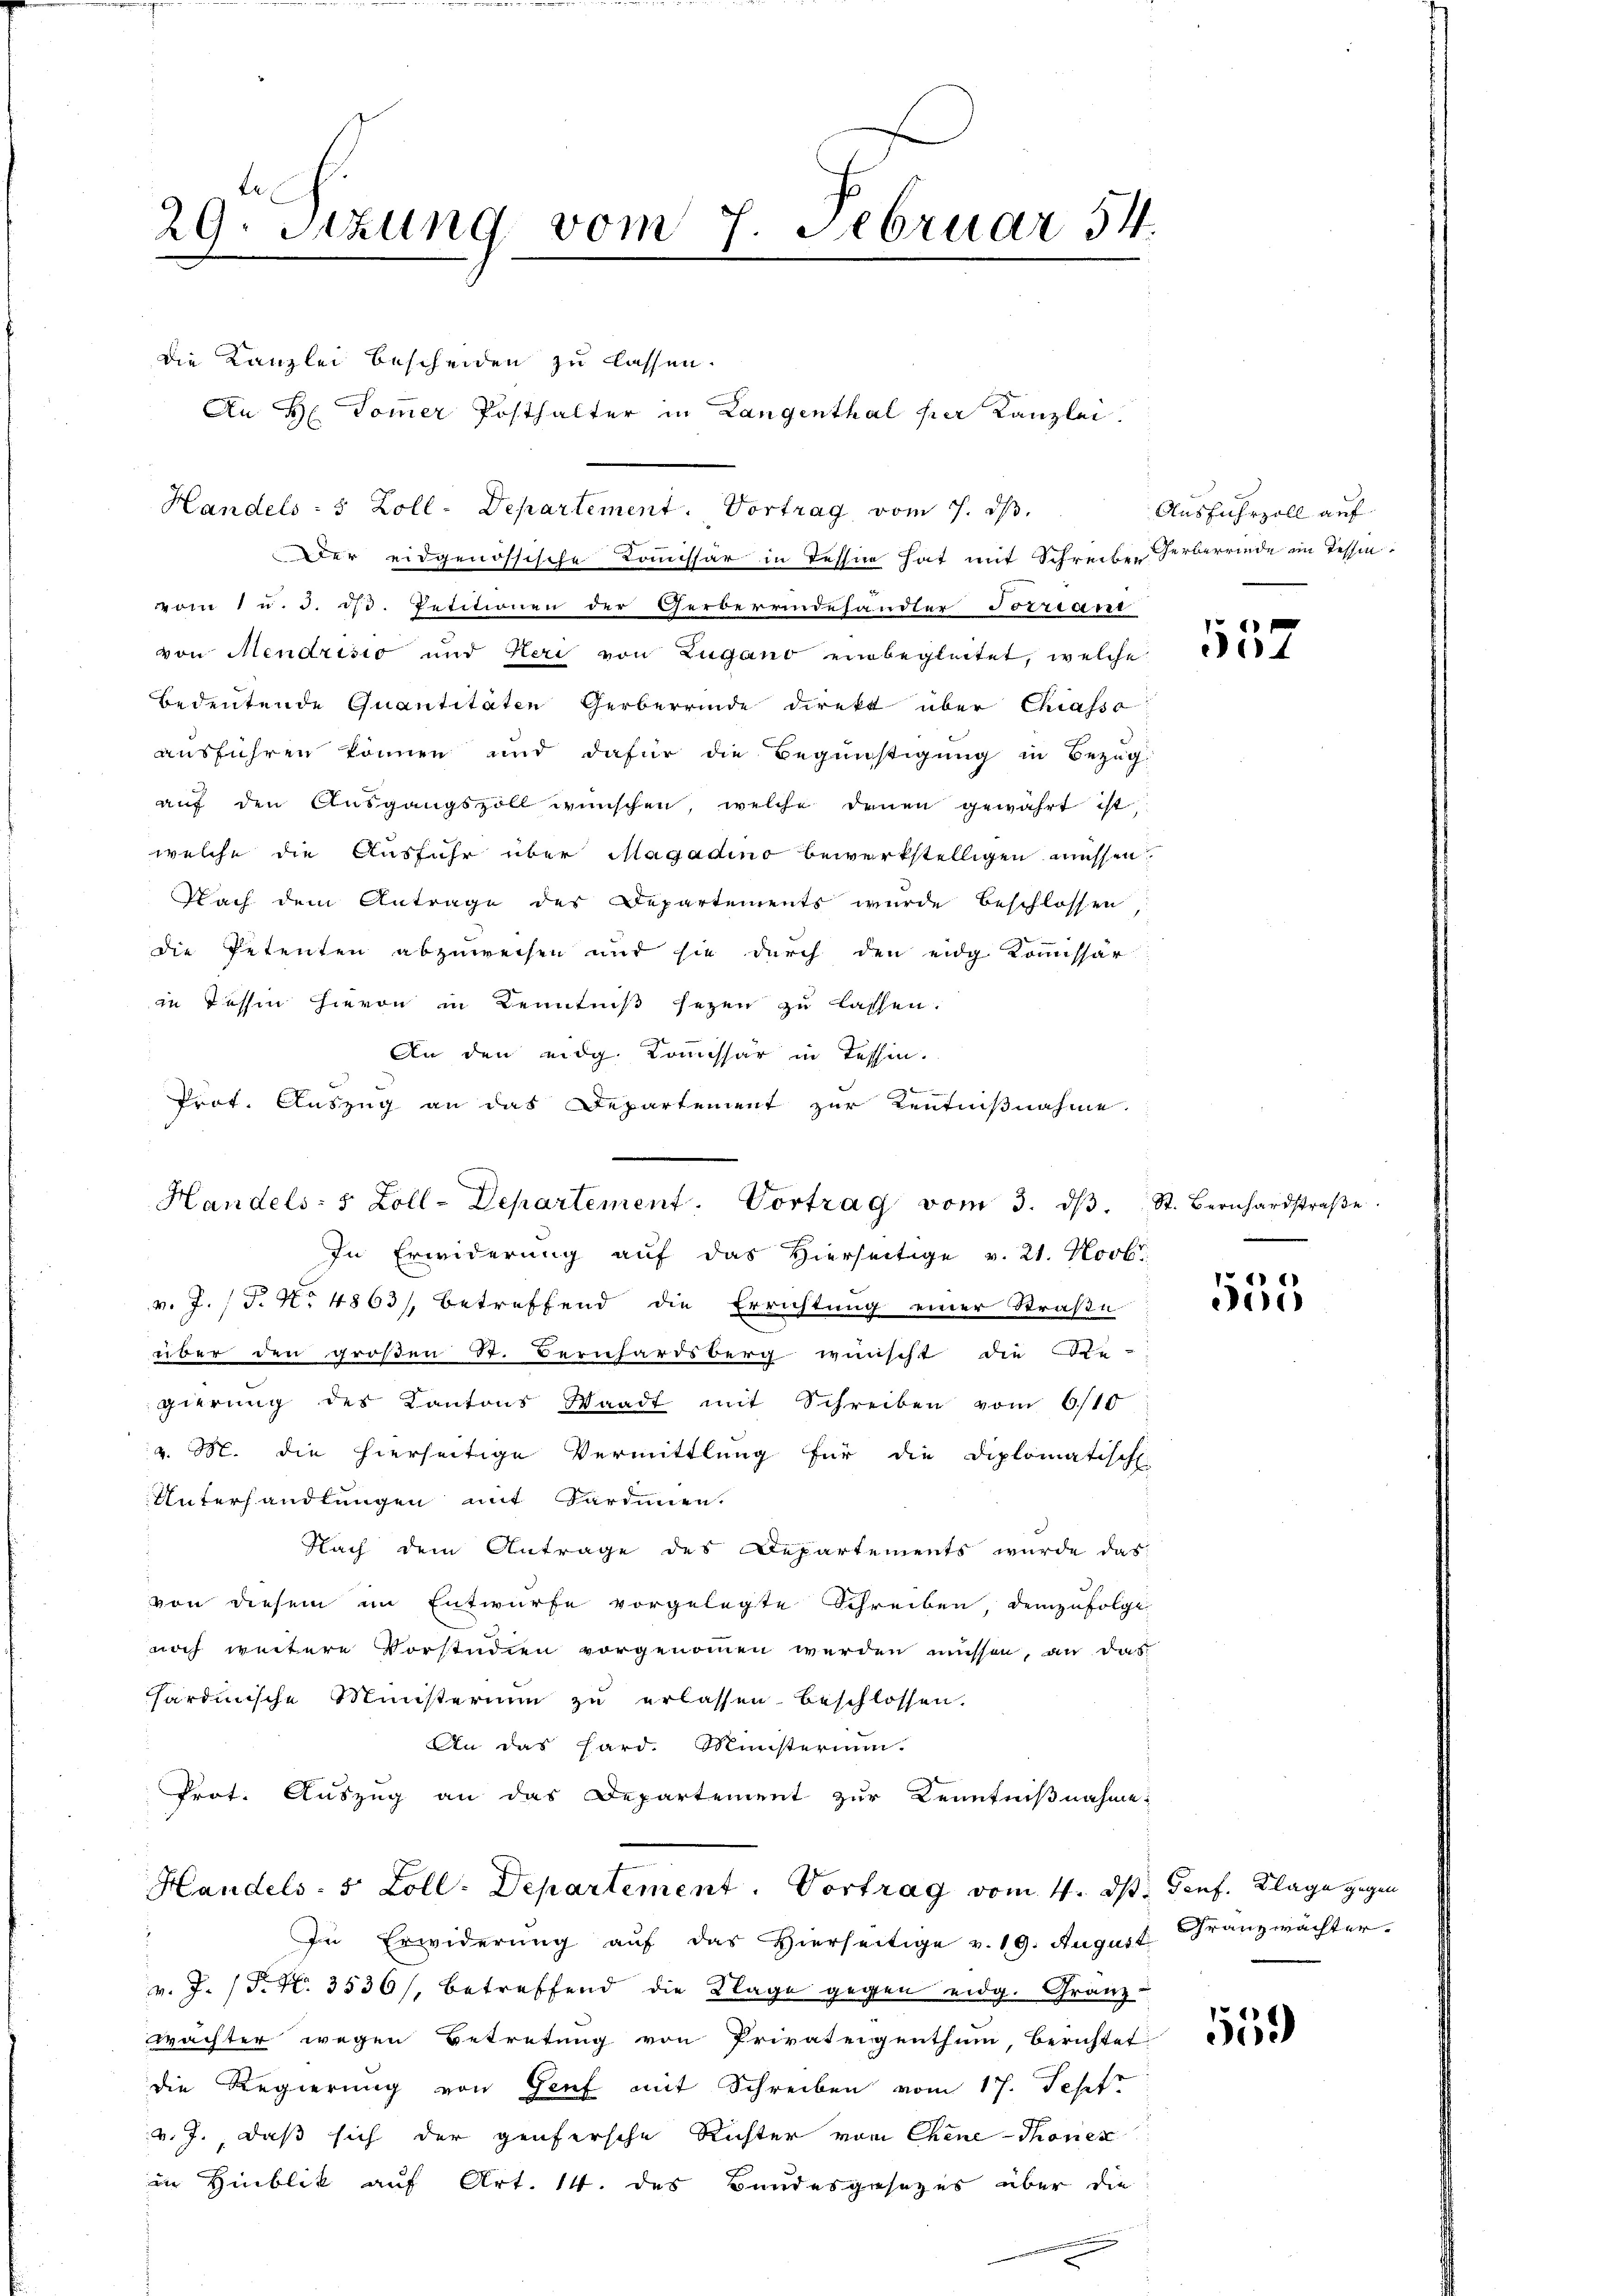
29. Sitzung vom 7. Februar 54.

die Kanzlei bescheiden zu lassen.
Handels- 5 Zoll-Departement. Vortrag vom 7. ds.
Der eidgenössische Commissär in Tessin hat mit Schreiben Herberrinde im Tessinvom 1 u. d. d. Petitionen der Gerbereindehandler Forriani
von Mendrisio und Heri von Zugano einbegleitet, welche
Bedeutende Quantitäten Gerberrinde direkt über Chiassa
ausführen können und dafür die Begünstigung in Bezug
aŭf den Aŭsgangszoll wünschen, welche denen gewährt ist
welche die Ausfuhr über Magadino bewerkstelligen müssen.
Nach dem Antrage des Departements wurde beschlossen
die Petenten abzuweisen und sie durch den eidg Kommissär
in Tessin hievon in Kenntniß sezen zu lassen.
An den eidg. Kommissär in Tessen.
Prof. Auszug an das Departement zur Kentnißnahme.
In Erwiderung auf das Hierseitige v. 21. Novbr.
v. J. (T. No 4863), betreffend die Errichtung einer Straße
über den großen St. Bernhardsberg wünscht die Be-
gierung des Kantons Waadt mit Schreiben vom 6/10
v. M. die hierseitige Vermittlung für die Diplomatisch
Unterhandlungen mit Sardinen.
Nach dem Antrage des Departements wurde das
von diesem im Entwurfe vorgelegte Schreiben, demzufolge
noch weitere Vorstudien vorgenommen werden müssen, an das
hardinische Ministerium zu erlassen beschlossen.
An das Hard. Ministerium.
Prot. Auszug an das Departement zur Kenntnißnahme
Handels- 5 Zoll-Departement. Vortrag vom 4. ds. Genf. Klage gegen
In Erwiderung auf das Hierseitige v. 19. August Franzwächter-
v. J. P. Nr. 3536/, betreffend die Klage gegen eidg. Granz-
Wächter wegen Betretung von Privateigenthum, Berichtet
die Regierung von Genf mit Schreiben vom 17. Jest
v. J., daß sich der genfersche Richter vom Chene Thonen
in Hinblik auf Art. 14. des Bundesgesezes über die
.

Handels- 5 Zoll-Departement. Vortrag vom 3. dβ. St. Bernhardstraβe.

An H. Pommer Posthalter in Langenthal per Kanzlei.

Ausfuhrzoll auf

57

11
e

1550)